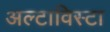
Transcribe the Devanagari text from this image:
अल्टाविस्टा